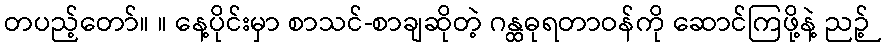
တပည့်တော်။ ။ နေ့ပိုင်းမှာ စာသင်-စာချဆိုတဲ့ ဂန္ထဓုရတာဝန်ကို ဆောင်ကြဖို့နဲ့ ညဉ့်